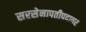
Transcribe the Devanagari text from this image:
सरसेनापतीपदावर